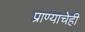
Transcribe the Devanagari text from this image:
प्राण्याचेही